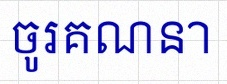
ចូរគណនា